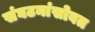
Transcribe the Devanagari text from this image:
संघटनांसोबत